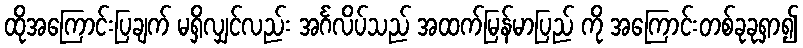
ထိုအကြောင်းပြချက် မရှိလျှင်လည်း အင်္ဂလိပ်သည် အထက်မြန်မာပြည် ကို အကြောင်းတစ်ခုခုရှာ၍